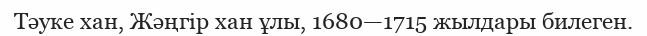
Тәуке хан, Жәңгір хан ұлы, 1680—1715 жылдары билеген.